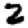
Digit: 2